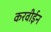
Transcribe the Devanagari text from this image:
करवीईन